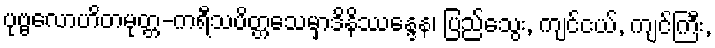
ပုဗ္ဗလောဟိတမုတ္တ-ကရီသပိတ္တသေမှာဒိနိဿန္ဒေန၊ ပြည်သွေး, ကျင်ငယ်, ကျင်ကြီး,